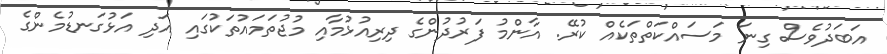
އަބަދުވެސް ގިނަ މަސައްކަތްތަކެއް ކުރޭ. އާންމު ފަރުދުންގެ ދިރިއުޅުމާއި މުޖުތަމައުތަކުގައި އަދި އަޅުގަނޑުމެންގެ